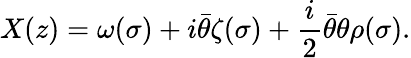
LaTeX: X(z)=\omega(\sigma)+i{\bar{\theta}}\zeta(\sigma)+\frac{i}{2}{\bar{\theta}}\theta\rho(\sigma).